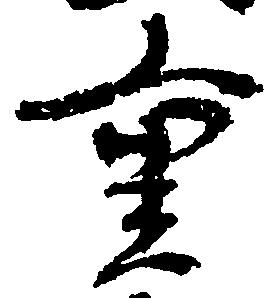
重